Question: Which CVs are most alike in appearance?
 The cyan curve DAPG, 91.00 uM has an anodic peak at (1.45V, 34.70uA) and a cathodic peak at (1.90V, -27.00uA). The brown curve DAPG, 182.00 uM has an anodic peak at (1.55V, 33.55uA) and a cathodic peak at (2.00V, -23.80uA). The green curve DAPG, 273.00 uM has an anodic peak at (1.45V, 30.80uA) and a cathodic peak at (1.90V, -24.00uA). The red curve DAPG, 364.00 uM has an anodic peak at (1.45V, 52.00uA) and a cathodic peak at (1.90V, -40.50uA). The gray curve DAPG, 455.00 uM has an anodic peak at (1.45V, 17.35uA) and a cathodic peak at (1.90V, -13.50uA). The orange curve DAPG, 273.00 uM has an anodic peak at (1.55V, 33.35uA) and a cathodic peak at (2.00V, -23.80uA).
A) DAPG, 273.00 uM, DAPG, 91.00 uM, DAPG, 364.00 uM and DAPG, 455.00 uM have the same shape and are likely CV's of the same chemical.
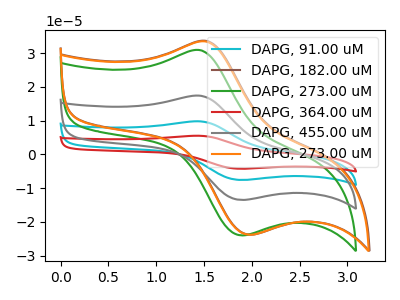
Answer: <think>"DAPG, 91.00 uM" and "DAPG, 182.00 uM" have at least one peak that do not match. All the peaks in "DAPG, 91.00 uM" have a peak in "DAPG, 273.00 uM" at the same potential. Every peak in "DAPG, 91.00 uM" is higher than every peak in "DAPG, 273.00 uM". All the peaks in "DAPG, 91.00 uM" have a peak in "DAPG, 364.00 uM" at the same potential. Every peak in "DAPG, 91.00 uM" is lower than every peak in "DAPG, 364.00 uM". All the peaks in "DAPG, 91.00 uM" have a peak in "DAPG, 455.00 uM" at the same potential. Every peak in "DAPG, 91.00 uM" is higher than every peak in "DAPG, 455.00 uM". "DAPG, 91.00 uM" and "DAPG, 273.00 uM" have at least one peak that do not match. "DAPG, 182.00 uM" and "DAPG, 273.00 uM" have at least one peak that do not match. "DAPG, 182.00 uM" and "DAPG, 364.00 uM" have at least one peak that do not match. "DAPG, 182.00 uM" and "DAPG, 455.00 uM" have at least one peak that do not match. All the peaks in "DAPG, 182.00 uM" have a peak in "DAPG, 273.00 uM" at the same potential. All the peaks in "DAPG, 273.00 uM" have a peak in "DAPG, 364.00 uM" at the same potential. Every peak in "DAPG, 273.00 uM" is lower than every peak in "DAPG, 364.00 uM". All the peaks in "DAPG, 273.00 uM" have a peak in "DAPG, 455.00 uM" at the same potential. Every peak in "DAPG, 273.00 uM" is higher than every peak in "DAPG, 455.00 uM". "DAPG, 273.00 uM" and "DAPG, 273.00 uM" have at least one peak that do not match. All the peaks in "DAPG, 364.00 uM" have a peak in "DAPG, 455.00 uM" at the same potential. Every peak in "DAPG, 364.00 uM" is higher than every peak in "DAPG, 455.00 uM". "DAPG, 364.00 uM" and "DAPG, 273.00 uM" have at least one peak that do not match. "DAPG, 455.00 uM" and "DAPG, 273.00 uM" have at least one peak that do not match.
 </think>
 <answer>A) "DAPG, 273.00 uM", "DAPG, 91.00 uM", "DAPG, 364.00 uM" and "DAPG, 455.00 uM" have the same shape and are likely CV's of the same chemical.</answer>
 <eval>A</eval>